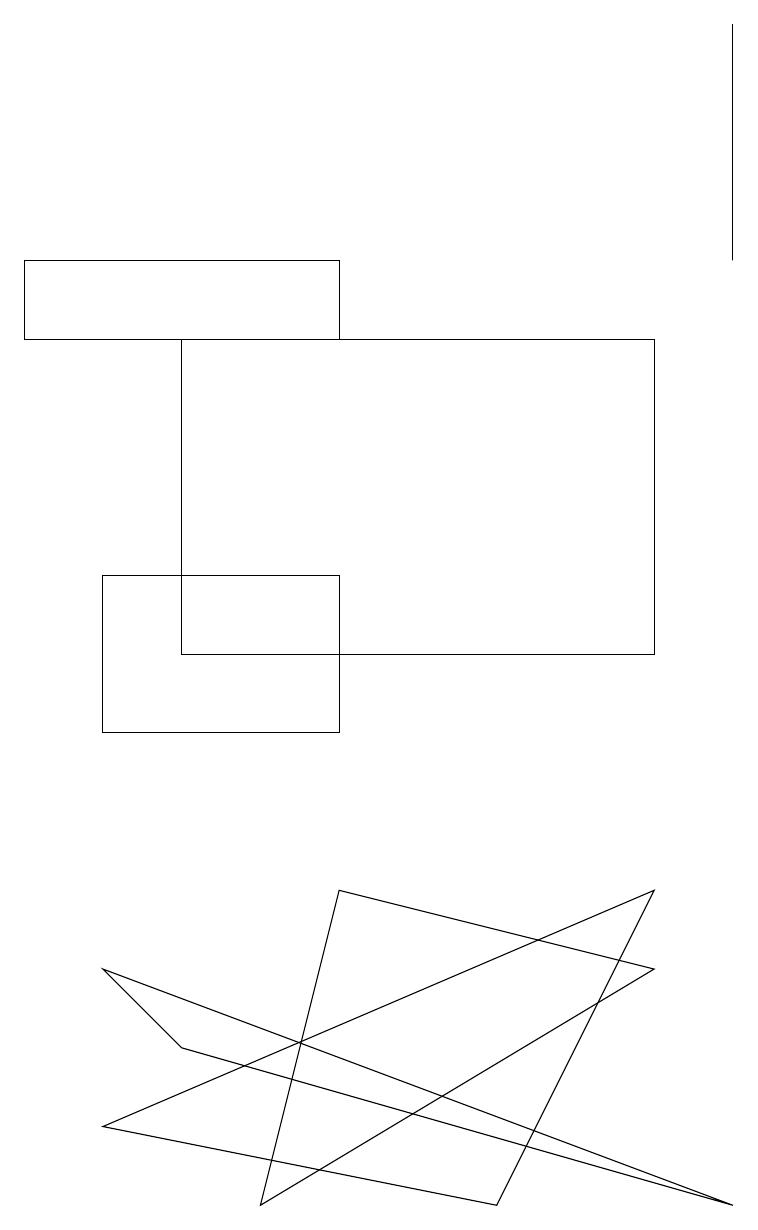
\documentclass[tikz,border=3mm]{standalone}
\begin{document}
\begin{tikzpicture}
\draw (4,15) rectangle (0,16);
\draw (9,16) rectangle (9,19);
\draw (3,4) -- (4,8) -- (8,7) -- cycle;
\draw (1,10) rectangle (4,12);
\draw (1,5) -- (8,8) -- (6,4) -- cycle;
\draw (8,15) rectangle (2,11);
\draw (9,4) -- (1,7) -- (2,6) -- cycle;
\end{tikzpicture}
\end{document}